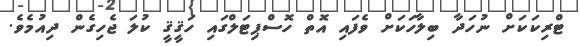
ޓްރިކަކަށް ނުހަދާ ބިލާހަކަށް ވެފައި އޮތް ހޮސްޕިޓަލްގައި ހަޤީޤީ ކުލަ ޖެހިގެން ދިއުމެވެ.